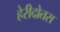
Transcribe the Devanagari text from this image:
हेरीदोतस